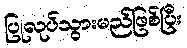
ပြုလုပ်သွားမည်ဖြစ်ပြီး